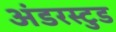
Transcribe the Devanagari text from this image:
अंडरस्टुड